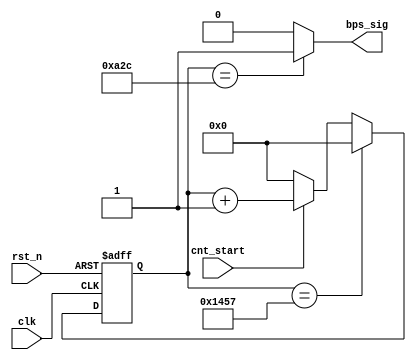
`timescale 1ns / 1ps
//////////////////////////////////////////////////////////////////////////////////
// Company: 
// Engineer: 
// 
// Design Name: 
// Module Name:    uart_bps 
// Project Name: 
// Target Devices: 
// Tool versions: 
// Description: 
//
// Dependencies: 
//
// Revision: 
// Revision 0.01 - File Created
// Additional Comments: 
//
//////////////////////////////////////////////////////////////////////////////////

module uart_bps(
					 input clk,
					 input rst_n,
					 input cnt_start,
					 output bps_sig
    );

    
    reg [12:0]cnt_bps;
    
    parameter bps_t = 13'd5207;
    
    always@(posedge clk or negedge rst_n)
    begin
       if(!rst_n)
          cnt_bps <= 13'd0;
       else if(cnt_bps == bps_t)
          cnt_bps <= 13'd0;
       else if(cnt_start)
          cnt_bps <= cnt_bps + 1'b1;
       else 
          cnt_bps <= 1'b0;
    end
    
    assign bps_sig = (cnt_bps ==  13'd2604) ? 1'b1 : 1'b0;
     
endmodule